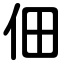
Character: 佃